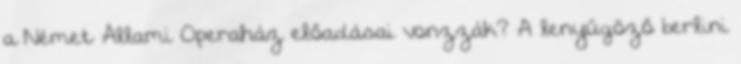
a Német Állami Operaház előadásai vonzzák? A lenyűgöző berlini